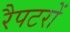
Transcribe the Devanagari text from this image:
रैपटरों